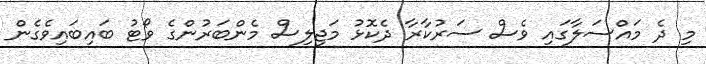
މި ދެ މައްސަލާގައި ވެސް ސަރުކާރާ ދެކޮޅު މަޖިލިސް މެންބަރުންގެ ވޯޓު ބައިބައިވެގެން